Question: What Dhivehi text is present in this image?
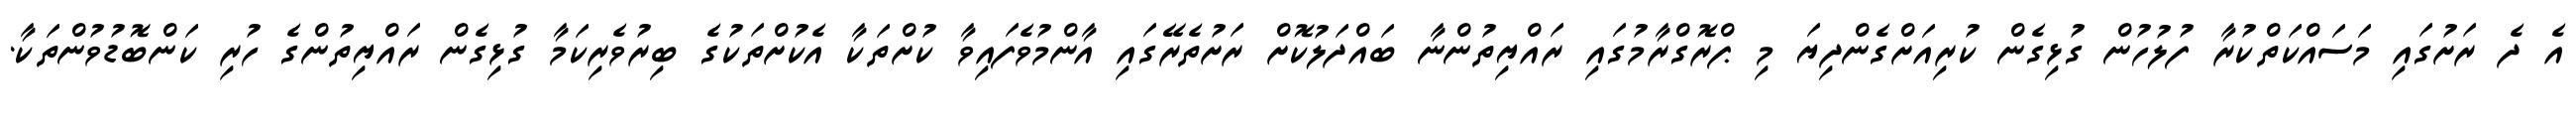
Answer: އެ ދެ ރަށުގައި މަސައްކަތްކުރާ ފުލުހުން ގުޅިގެން ކުރިއަށްގެންދިޔަ މި ޕްރޮގްރާމުގައި ރައްޔިތުންނާ ބައްދަލުކޮށް ރަށުތެރޭގައި އާންމުވެފައިވާ ކުށްތަކާ އެކުށްތަކުގެ ބިރުވެރިކަމާ ގުޅިގެން ރައްޔިތުންގެ ހުރި ކަންބޮޑުވުންތަކާ.